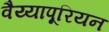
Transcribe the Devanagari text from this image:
वैय्यापूरियन